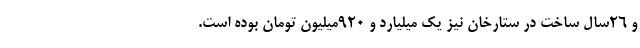
و 26سال ساخت در ستارخان نیز یک میلیارد و 920میلیون تومان بوده است.